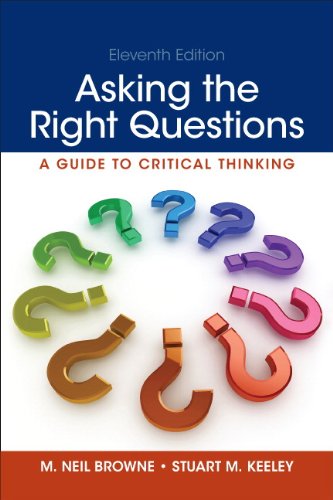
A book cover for Asking the Right Questions (11th Edition); M. Neil Browne; Literature & Fiction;